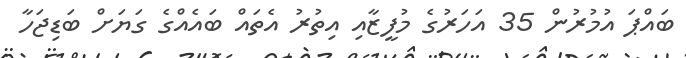
ބައްޕަ އުމުރުން 35 އަހަރުގެ މުފީޒާއި އިތުރު އެތައް ބައެއްގެ ގަޔަށް ބަޑިޖަހާ